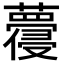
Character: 蘉